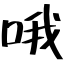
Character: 哦